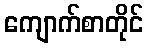
ကျောက်စာတိုင်